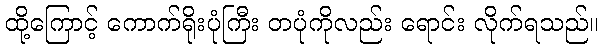
ထို့ကြောင့် ကောက်ရိုးပုံကြီး တပုံကိုလည်း ရောင်း လိုက်ရသည်။